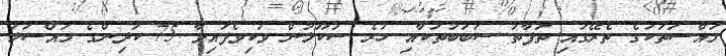
މައްސަތަކުގެ ތެރޭގައި ތަފާތު ސަބަބުތަކާއި ހުރެ ސުކޫލުން ވަކިވެފައިވާ 75 ކުދިންގެ މައްސަލަ